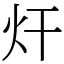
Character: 㶥